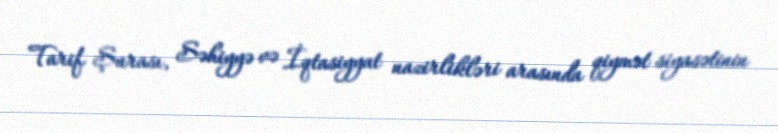
Tarif Şurası, Səhiyyə və İqtasiyyat nazirlikləri arasında qiymət siyasətinin